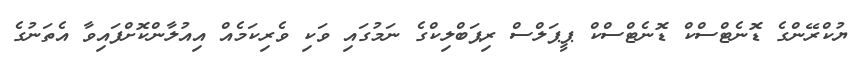
ޔުކްރޭންގެ ޑޮނެޓްސްކް ޑޮނެޓްސްކް ޕީޕަލްސް ރިޕަބްލިކްގެ ނަމުގައި ވަކި ވެރިކަމެއް އިއުލާންކޮށްފައިވާ އެތަނުގެ